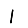
Digit: 1